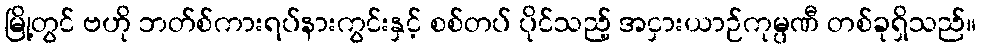
မြို့တွင် ဗဟို ဘတ်စ်ကားရပ်နားကွင်းနှင့် စစ်တပ် ပိုင်သည့် အငှားယာဉ်ကုမ္ပဏီ တစ်ခုရှိသည်။